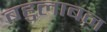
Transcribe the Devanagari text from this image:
बहुलाबन